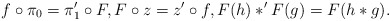
\begin{align*}f \circ \pi_0 = \pi_1' \circ F, F \circ z = z' \circ f, F(h) \ast' F(g) = F(h \ast g) . \end{align*}